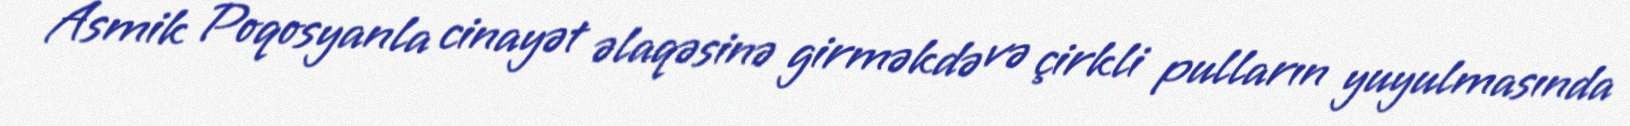
Asmik Poqosyanla cinayət əlaqəsinə girməkdə və çirkli pulların yuyulmasında